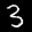
Label: 3